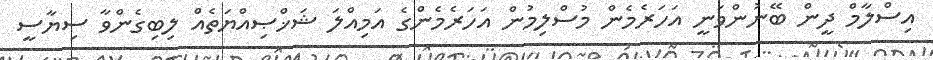
އިސްލާމް ދީން ބޭނުންވަނީ އަހަރެމެން މުސްލިމުން އަހަރެމެންގެ އަމިއްލަ ޝަޚްޞިއްޔަތެއް ލިބިގެންވާ ސިޔާސީ